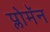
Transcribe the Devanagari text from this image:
प्लोमॅन